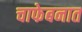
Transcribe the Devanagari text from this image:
चाफेबनात